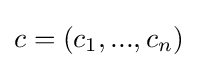
c=(c_{1},...,c_{n})